Indian journal of veterinary science and animal husbandry - Volumes 15-17, 1948-1951
Year: 1948
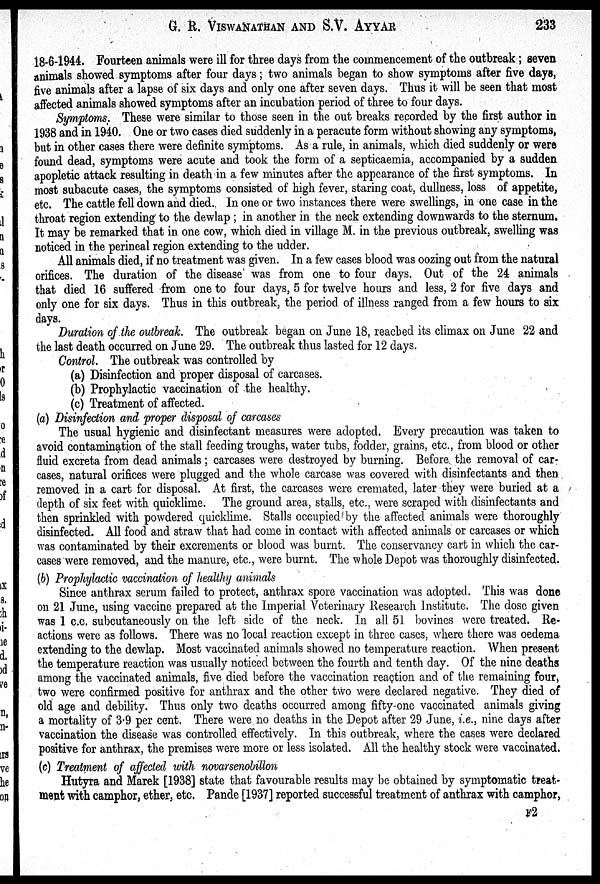
G. R. VISWANATHAN AND S.V.
AYYAR
233
18-6-1944. Fourteen animals were ill for three days from the commencement of the outbreak ; seven
animals showed symptoms after four days ; two animals began to show symptoms after five days,
five animals after a lapse of six days and only one after seven days. Thus it will be seen that most
affected animals showed symptoms after an incubation period of three to four days.
Symptoms. These were similar to those seen in the out breaks recorded by the first author in
1938 and in 1940. One or two cases died suddenly in a peracute form without showing any symptoms,
but in other cases there were definite symptoms. As a rule, in animals, which died suddenly or were
found dead, symptoms were acute and took the form of a septicaemia, accompanied by a sudden
apopletic attack resulting in death in a few minutes after the appearance of the first symptoms. In
most subacute cases, the symptoms consisted of high fever, staring coat, dullness, loss of appetite,
etc. The cattle fell down and died. In one or two instances there were swellings, in one case in the
throat region extending to the dewlap ; in another in the neck extending downwards to the sternum.
It may be remarked that in one cow, which died in village M. in the previous outbreak, swelling was
noticed in the perineal region extending to the udder.
All animals died, if no treatment was given. In a few cases blood was oozing out from the natural
orifices. The duration of the disease was from one to four days. Out of the 24 animals
that died 16 suffered from one to four days, 5 for twelve hours and less, 2 for five days and
only one for six days. Thus in this outbreak, the period of illness ranged from a few hours to six
days.
Duration of the outbreak. The outbreak began on June 18, reached its climax on June 22 and
the last death occurred on June 29. The outbreak thus lasted for 12 days.
Control. The outbreak was controlled by
(a) Disinfection and proper disposal of carcases.
(b) Prophylactic vaccination of the healthy.
(c) Treatment of affected.
(a) Disinfection and proper disposal of carcases
The usual hygienic and disinfectant measures were adopted. Every precaution was taken to
avoid contamination of the stall feeding troughs, water tubs, fodder, grains, etc., from blood or other
fluid excreta from dead animals ; carcases were destroyed by burning. Before the removal of car-
cases, natural orifices were plugged and the whole carcase was covered with disinfectants and then
removed in a cart for disposal. At first, the carcases were cremated, later they were buried at a
depth of six feet with quicklime. The ground area, stalls, etc., were scraped with disinfectants and
then sprinkled with powdered quicklime. Stalls occupied by the affected animals were thoroughly
disinfected. All food and straw that had come in contact with affected animals or carcases or which
was contaminated by their excrements or blood was burnt. The conservancy cart in which the car-
cases were removed, and the manure, etc., were burnt. The whole Depot was thoroughly disinfected.
(b) Prophylactic vaccination of healthy animals
Since anthrax serum failed to protect, anthrax spore vaccination was adopted. This was done
on 21 June, using vaccine prepared at the Imperial Veterinary Research Institute. The dose given
was 1 c.c. subcutaneously on the left side of the neck. In all 51 bovines were treated. Re-
actions were as follows. There was no local reaction except in three cases, where there was oedema
extending to the dewlap. Most vaccinated animals showed no temperature reaction. When present
the temperature reaction was usually noticed between the fourth and tenth day. Of the nine deaths
among the vaccinated animals, five died before the vaccination reaction and of the remaining four,
two were confirmed positive for anthrax and the other two were declared negative. They died of
old age and debility. Thus only two deaths occurred among fifty-one vaccinated animals giving
a mortality of 3.9 per cent. There were no deaths in the Depot after 29 June, i.e., nine days after
vaccination the disease was controlled effectively. In this outbreak, where the cases were declared
positive for anthrax, the premises were more or less isolated. All the healthy stock were vaccinated.
(c) Treatment of affected with novarsenobillon
Hutyra and Marek [1938] state that favourable results may be obtained by symptomatic treat-
ment with camphor, ether, etc. Pande [1937] reported successful treatment of anthrax with camphor,
F2